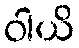
ဝါယိ